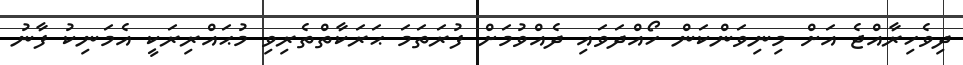
ދިވެހިރާއްޖެ އަށް މިނިވަންކަން ހޯއްދަވައި ދެއްވުމަށް ފުރަތަމަ ޙަރަކާތްތެރިވި މުޙައްރިރަކީ އެމަނިކު ފާނު